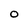
Character: 0